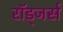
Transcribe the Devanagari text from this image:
रॉड्जर्स